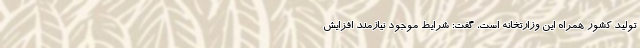
تولید کشور همراه این وزارتخانه است، گفت: شرایط موجود نیازمند افزایش